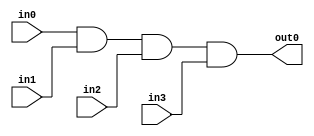

module and4_1b(
    input in0,
    input in1,
    input in2,
    input in3,
    output out0
    );
    
    assign out0 = in0 & in1 & in2 & in3;
endmodule